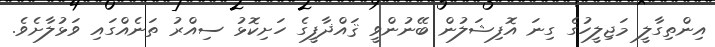
އިންތިގާލީ މަޖިލީހުގެ ގިނަ އޮފިޝަލުން ބޭނުންވީ ޤައްޛާފީގެ ހަށިކޮޅު ސިއްރު ތަނެއްގައި ވަޅުލާށެވެ.